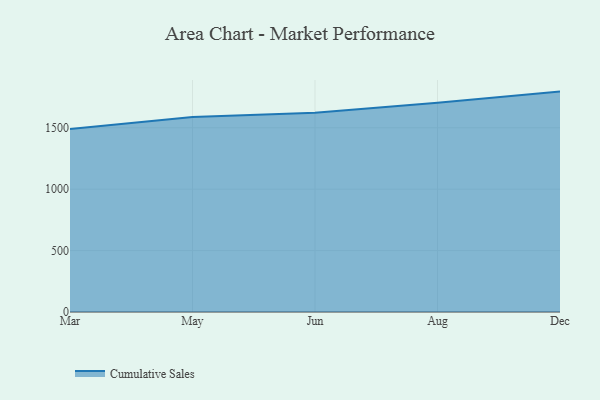
{"axis": {"x": "Month", "y": "Bounce Rate (%)"}, "legend": ["Cumulative Sales"], "data": [{"x": "Mar", "y": 1490.9, "type": "Cumulative Sales"}, {"x": "May", "y": 1588.8, "type": "Cumulative Sales"}, {"x": "Jun", "y": 1623.2, "type": "Cumulative Sales"}, {"x": "Aug", "y": 1704.2, "type": "Cumulative Sales"}, {"x": "Dec", "y": 1794.8, "type": "Cumulative Sales"}]}